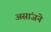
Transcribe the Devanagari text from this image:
असांजने